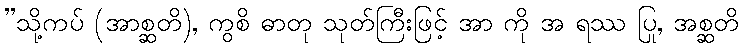
”သို့ကပ် (အာစ္ဆတိ), ကွစိ ဓာတု သုတ်ကြီးဖြင့် အာ ကို အ ရဿ ပြု, အစ္ဆတိ